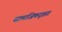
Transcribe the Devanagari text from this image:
सामाजिकदृष्टय़ा